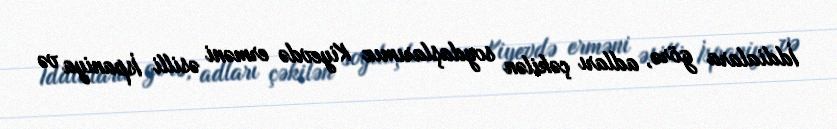
İddialara görə, adları çəkilən soydaşlarımız Kiyevdə erməni əsilli İspaniya və